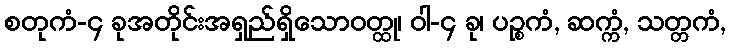
စတုကံ-၄ ခုအတိုင်းအရှည်ရှိသောဝတ္ထု၊ ဝါ-၄ ခု၊ ပဉ္စကံ, ဆက္ကံ, သတ္တကံ,